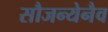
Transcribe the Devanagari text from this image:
सौजन्येनैव